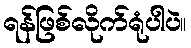
ရန်ဖြစ်လိုက်ရုံပါပဲ။